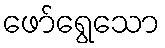
ဖော်ရွေသော